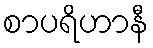
စာပရိဟာနီ